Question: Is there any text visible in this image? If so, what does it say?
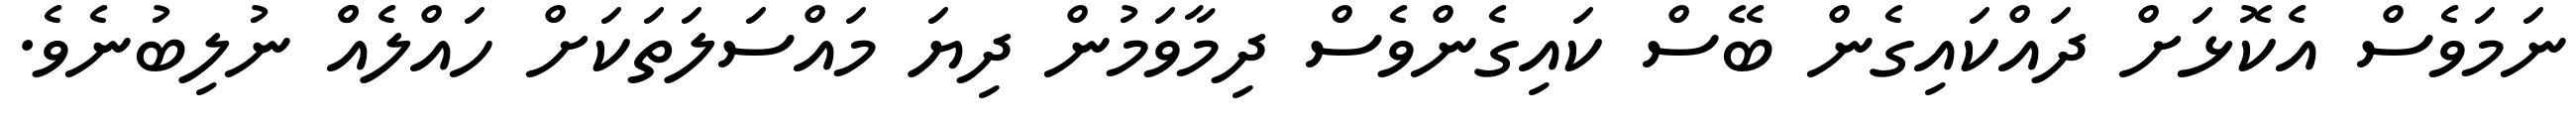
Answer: ނަމަވެސް އެކޮޅަށް ދައްކައިގެން ބޭސް ކައިގެންވެސް ދިމާވަމުން ދިޔަ މައްސަލަތަކަށް ހައްލެއްް ނުލިބުނެވެ.